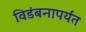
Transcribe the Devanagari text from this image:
विडंबनापर्यंत